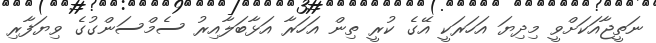
ނަތީޖާއަކަށްވީ މިދިޔަ އަހަރަކީ އޭގެ ކުރީ ތިން އަހަރާ އަޅާބަލާއިރު ސެމްސަންގުގެ ވިޔަފާރި